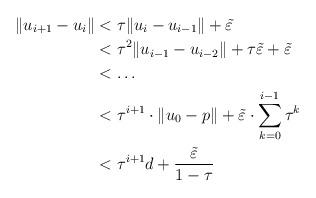
LaTeX: \begin{align*} \Vert u_{i+1}-u_i\Vert&<\tau\Vert u_i-u_{i-1}\Vert+\tilde\varepsilon\\&<\tau^2\Vert u_{i-1}-u_{i-2}\Vert+\tau\tilde\varepsilon+\tilde\varepsilon\\&<\ldots\\&<\tau^{i+1}\cdot\Vert u_0-p\Vert+\tilde\varepsilon\cdot\sum_{k=0}^{i-1}\tau^k\\&<\tau^{i+1}d+\frac{\tilde\varepsilon}{1-\tau}\end{align*}